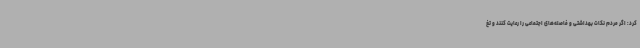
کرد: اگر مردم نکات بهداشتی و فاصله‌های اجتماعی را رعایت کنند و تغ